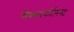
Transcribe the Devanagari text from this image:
सैक्साफोनिस्ट